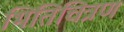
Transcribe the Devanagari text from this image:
भितिचित्रण